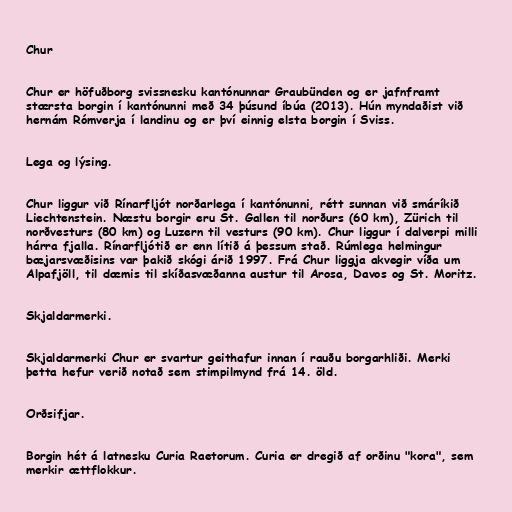
Chur

Chur er höfuðborg svissnesku kantónunnar Graubünden og er jafnframt
stærsta borgin í kantónunni með 34 þúsund íbúa (2013). Hún myndaðist við
hernám Rómverja í landinu og er því einnig elsta borgin í Sviss.

Lega og lýsing.

Chur liggur við Rínarfljót norðarlega í kantónunni, rétt sunnan við smáríkið
Liechtenstein. Næstu borgir eru St. Gallen til norðurs (60 km), Zürich til
norðvesturs (80 km) og Luzern til vesturs (90 km). Chur liggur í dalverpi milli
hárra fjalla. Rínarfljótið er enn lítið á þessum stað. Rúmlega helmingur
bæjarsvæðisins var þakið skógi árið 1997. Frá Chur liggja akvegir víða um
Alpafjöll, til dæmis til skíðasvæðanna austur til Arosa, Davos og St. Moritz.

Skjaldarmerki.

Skjaldarmerki Chur er svartur geithafur innan í rauðu borgarhliði. Merki
þetta hefur verið notað sem stimpilmynd frá 14. öld.

Orðsifjar.

Borgin hét á latnesku Curia Raetorum. Curia er dregið af orðinu "kora", sem
merkir ættflokkur.